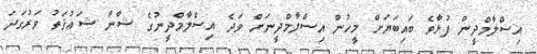
އިސްލާމްދީން ފުޅާވެ ބައިބަޔަށް މީހުން އިސްލާމްދީނަށް ވަދެ އިސްލާމްދީނުގެ ޝާނާ ޝަޢުޤަތު ވަރުގަދަ